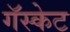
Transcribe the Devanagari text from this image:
गॅस्केट